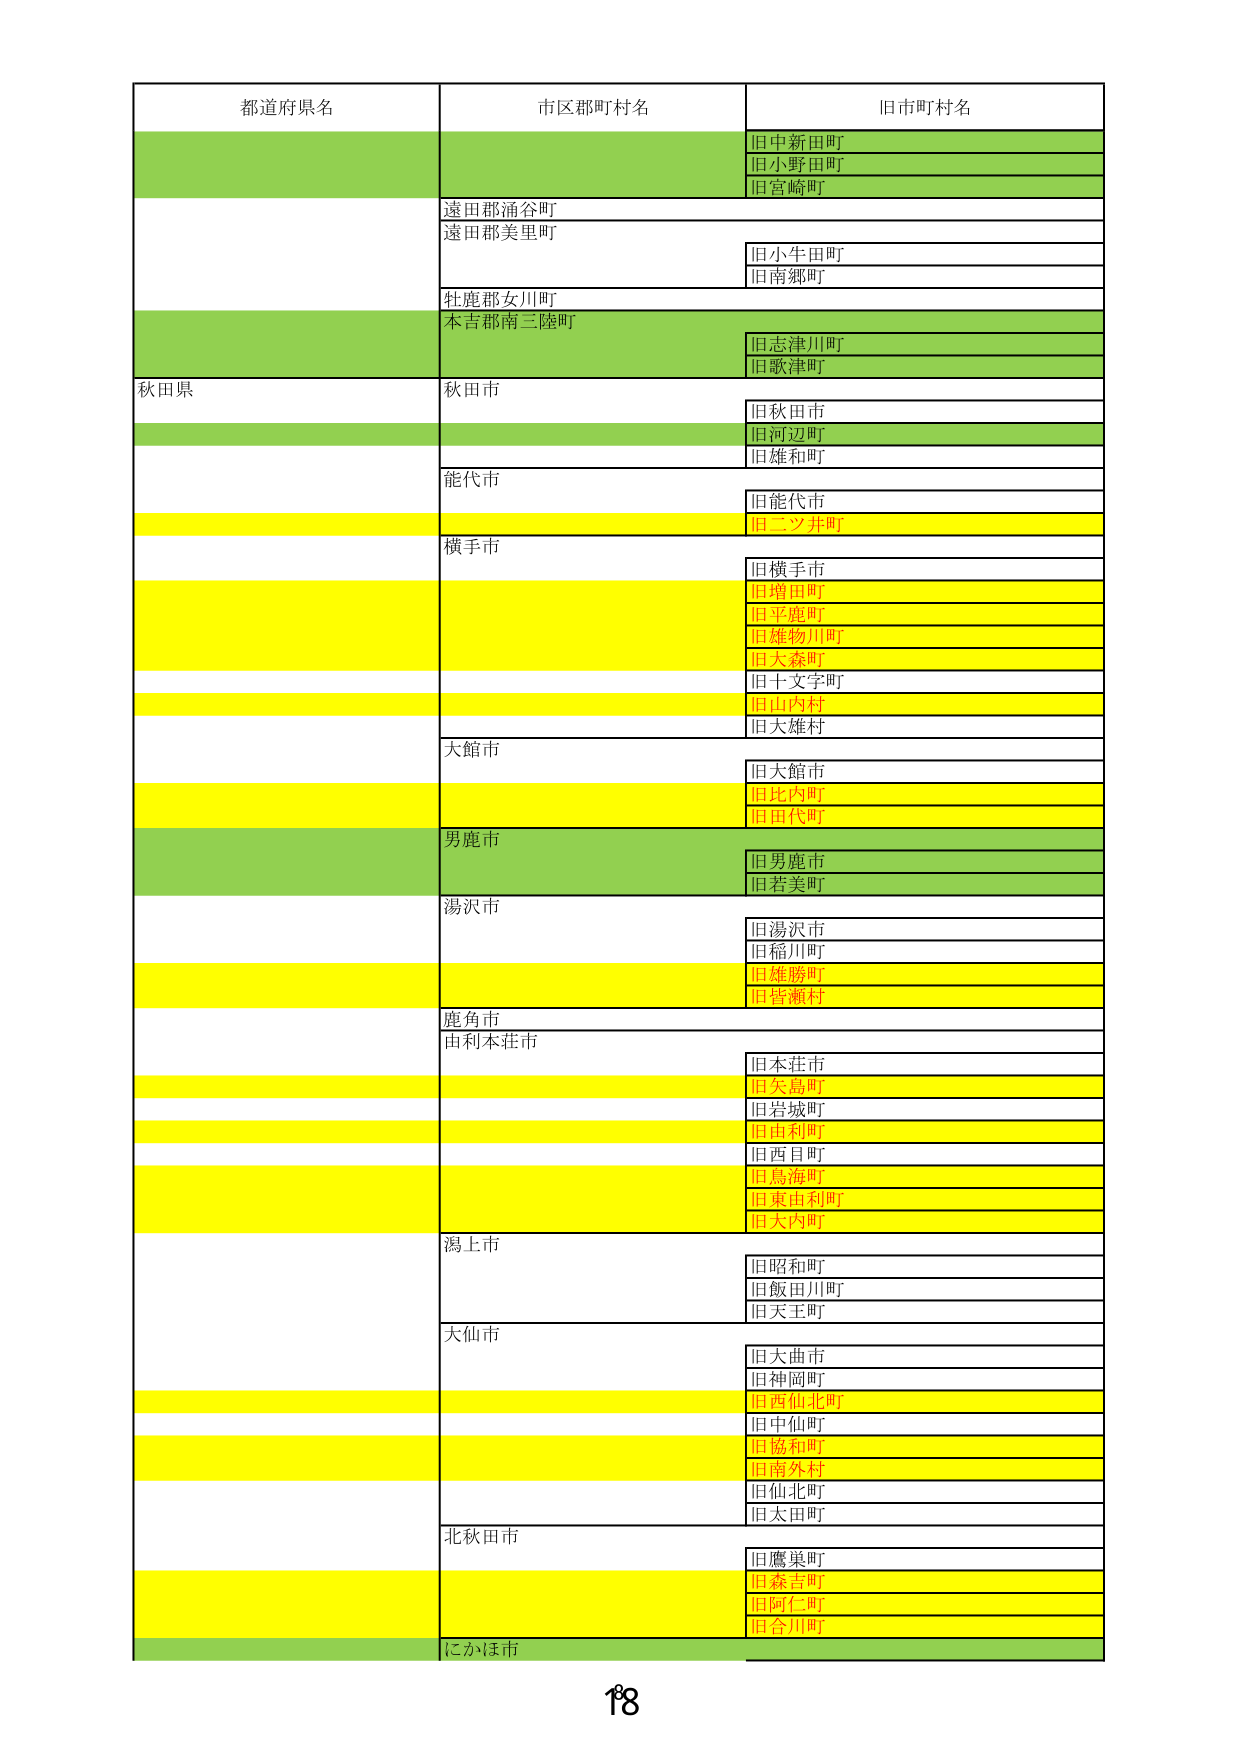
都道府県名
市区郡町村名
旧市町村名
旧中新田町
旧小野田町
旧宮崎町
遠田郡涌谷町
遠田郡美里町
旧小牛田町
旧南郷町
牡鹿郡女川町
本吉郡南三陸町
旧志津川町
旧歌津町
秋田県
秋田市
旧秋田市
旧河辺町
旧雄和町
能代市
旧能代市
旧二ツ井町
横手市
旧横手市
旧増田町
旧平鹿町
旧雄物川町
旧大森町
旧十文字町
旧山内村
旧大雄村
大館市
旧大館市
旧比内町
旧田代町
男鹿市
旧男鹿市
旧若美町
湯沢市
旧湯沢市
旧稲川町
旧雄勝町
旧皆瀬村
鹿角市
由利本荘市
旧木荘市
旧矢島町
旧岩城町
旧由利町
旧西目町
旧鳥海町
旧東由利町
旧大内町
潟上市
旧昭和町
旧飯田川町
旧天王町
大仙市
旧大曲市
旧神岡町
旧西仙北町
旧中仙町
旧協和町
旧南外村
旧仙北町
旧太田町
北秋田市
旧鷹巣町
旧森吉町
旧阿仁町
旧合川町
にかほ市
18